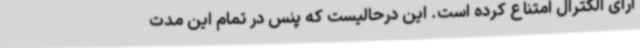
آرای الکترال امتناع کرده است. این درحالیست که پنس در تمام این مدت